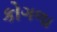
કોગળા